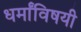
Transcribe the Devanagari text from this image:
धर्मांविषयी